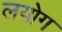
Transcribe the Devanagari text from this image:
लयोग